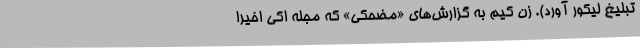
تبلیغ لیکور آورد). زِن کیم به گزارش‌های «مضحکی» که مجله اُکی اخیراً